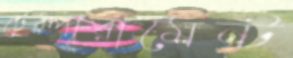
টেম্পারামেন্ট